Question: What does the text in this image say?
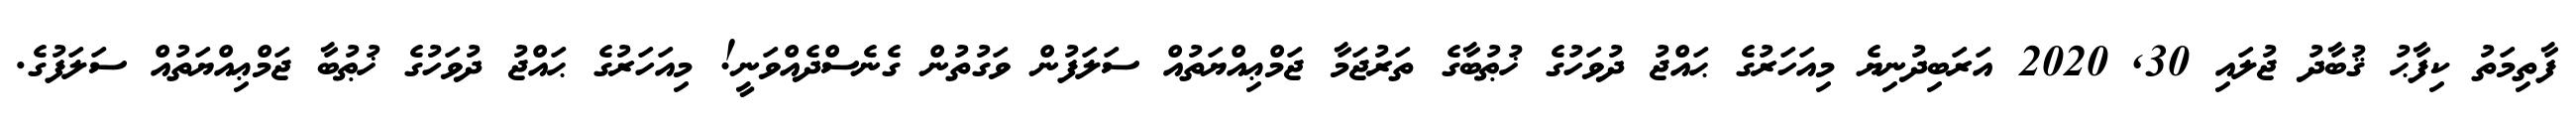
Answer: ފާތިމަތު ކިފާޙު ޤުބާދު ޖުލައި 30, 2020 އަރަބިދުނިޔެ މިއަހަރުގެ ޙައްޖު ދުވަހުގެ ޚުޠުބާގެ ތަރުޖަމާ ޖަމްޢިއްޔަތުއް ސަލަފުން ވަގުތުން ގެނެސްދެއްވަނީ! މިއަހަރުގެ ޙައްޖު ދުވަހުގެ ޚުޠުބާ ޖަމްޢިއްޔަތުއް ސަލަފުގެ.